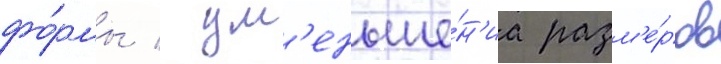
фо́рмы / ум'еньше́н'иа разм'е́ров